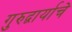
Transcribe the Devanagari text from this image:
गुरुद्वार्याचे